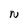
Character: N